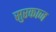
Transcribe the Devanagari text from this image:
सुरकाज